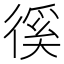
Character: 徯